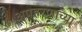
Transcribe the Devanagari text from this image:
अपहरणाच्या